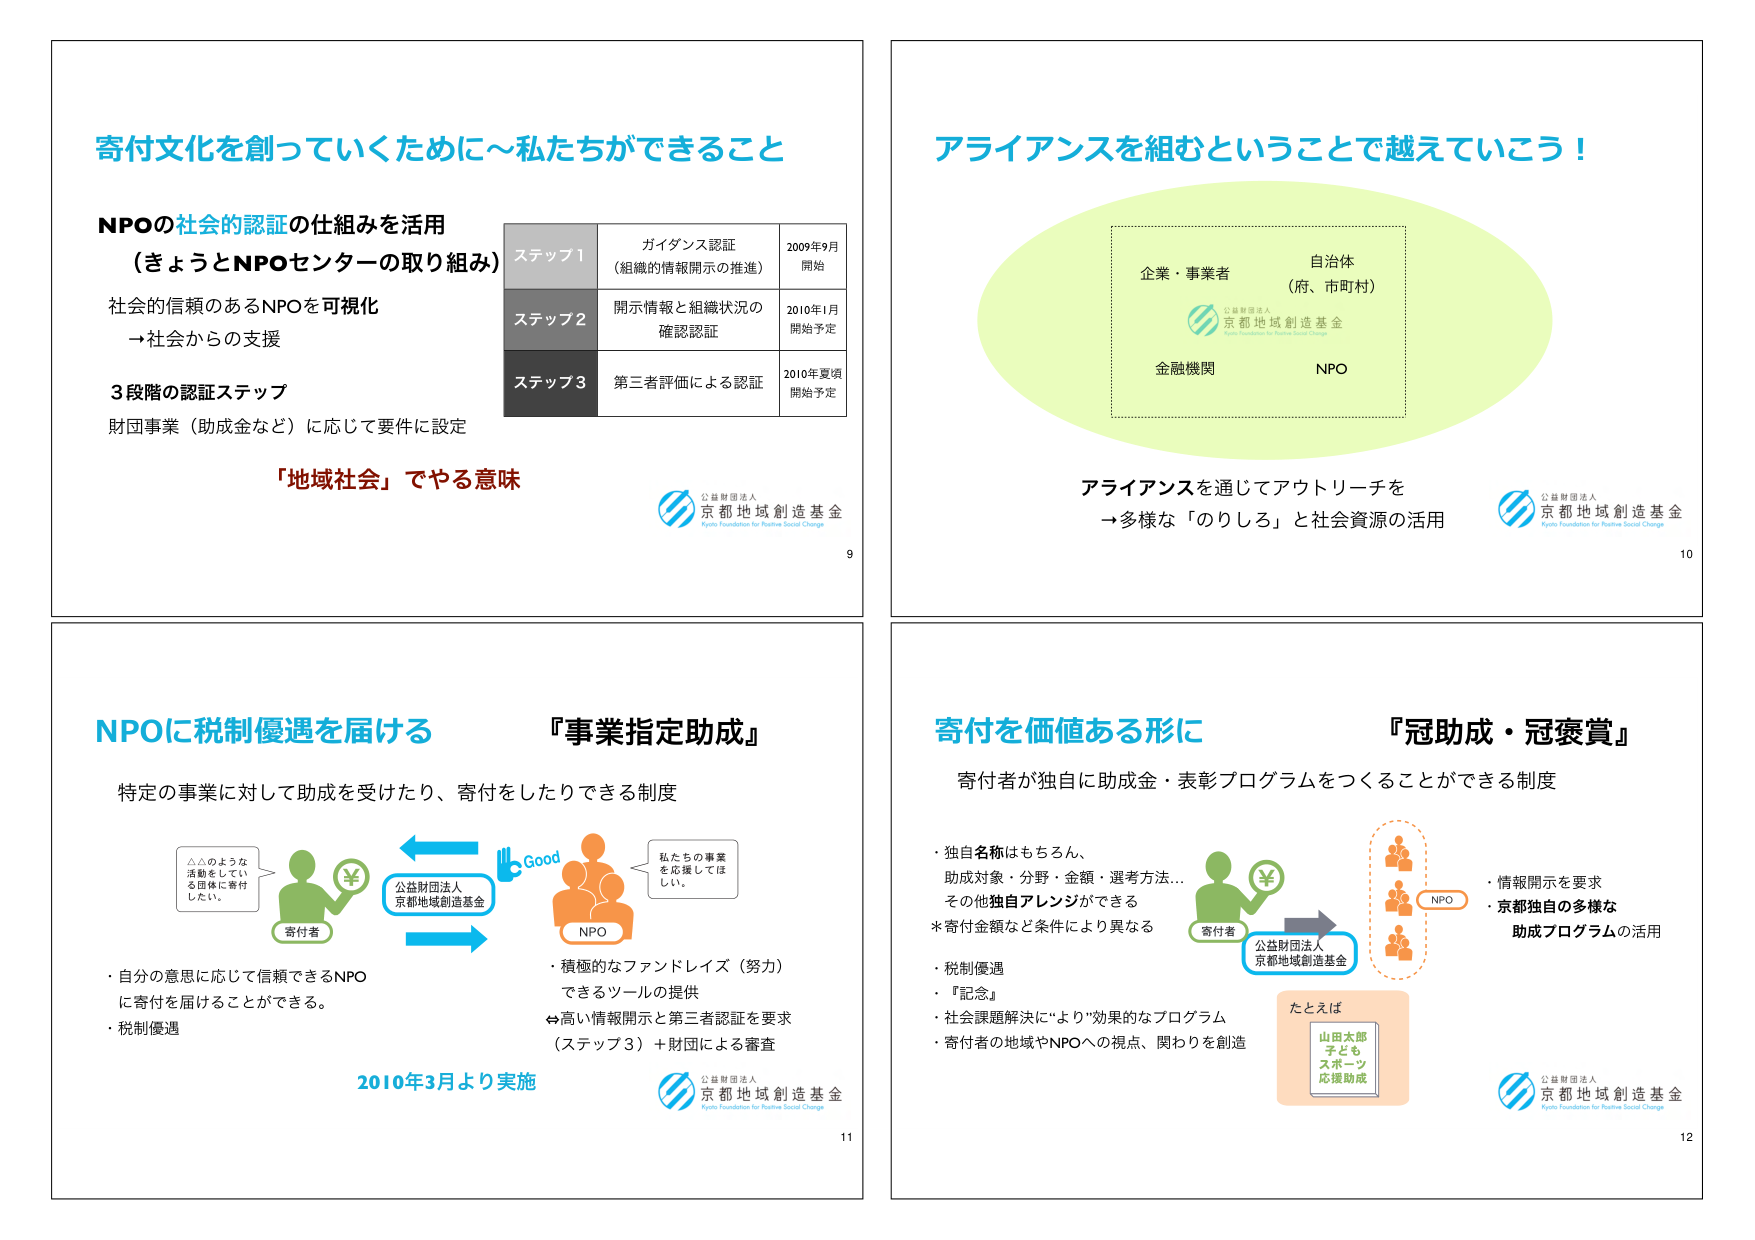
寄付文化を創っていくために～私たちができること

NPOの社会的認証の仕組みを活用
（きょうとNPOセンターの取り組み）

社会的信頼のあるNPOを可視化
→社会からの支援

3段階の認証ステップ
財団事業（助成金など）に応じて要件に設定

「地域社会」でやる意味

ステップ1 ガイダンス認証（組織的情報開示の推進） 2009年9月 開始
ステップ2 開示情報と組織状況の確認認証 2010年1月 開始予定
ステップ3 第三者評価による認証 2010年夏頃 開始予定

公益財団法人 京都地域創造基金
Kyoto Foundation for Positive Social Change

9

アライアンスを組むということで越えていこう！

企業・事業者
自治体（府、市町村）
金融機関
NPO

公益財団法人 京都地域創造基金
Kyoto Foundation for Positive Social Change

アライアンスを通じてアウトリーチを
→多様な「のりしろ」と社会資源の活用

10

NPOに税制優遇を届ける 『事業指定助成』

特定の事業に対して助成を受けたり、寄付をしたりできる制度

△△のような活動をしている団体に寄付したい。
寄付者
公益財団法人 京都地域創造基金
Good
私たちの事業を応援してほしい。
NPO

・自分の意思に応じて信頼できるNPOに寄付を届けることができる。
・税制優遇

・積極的なファンドレイズ（努力）できるツールの提供
⇔高い情報開示と第三者認証を要求（ステップ3）＋財団による審査

2010年3月より実施

公益財団法人 京都地域創造基金
Kyoto Foundation for Positive Social Change

11

寄付を価値ある形に 『冠助成・冠褒賞』

寄付者が独自に助成金・表彰プログラムをつくることができる制度

・独自名称はもちろん、助成対象・分野・金額・選考方法…その他独自アレンジができる
*寄付金額など条件により異なる

・税制優遇
・『記念』
・社会課題解決に“より”効果的なプログラム
・寄付者の地域やNPOへの視点、関わりを創造

寄付者
公益財団法人 京都地域創造基金
NPO

・情報開示を要求
・京都独自の多様な助成プログラムの活用

たとえば
山田太郎 子どもスポーツ応援助成

公益財団法人 京都地域創造基金
Kyoto Foundation for Positive Social Change

12